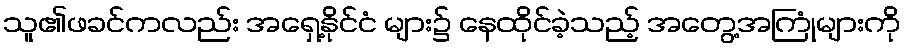
သူ၏ဖခင်ကလည်း အရှေ့နိုင်ငံ များ၌ နေထိုင်ခဲ့သည့် အတွေ့အကြုံများကို